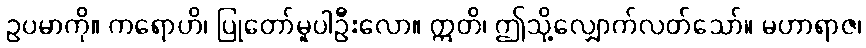
ဥပမာကို။ ကရောဟိ၊ ပြုတော်မူပါဦးလော။ ဣတိ၊ ဤသို့လျှောက်လတ်သော်။ မဟာရာဇ၊